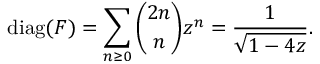
\operatorname { d i a g } ( F ) = \sum _ { n \geq 0 } { \binom { 2 n } { n } } z ^ { n } = { \frac { 1 } { \sqrt { 1 - 4 z } } } .